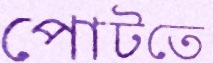
পোটতে